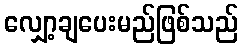
လျှော့ချပေးမည်ဖြစ်သည်